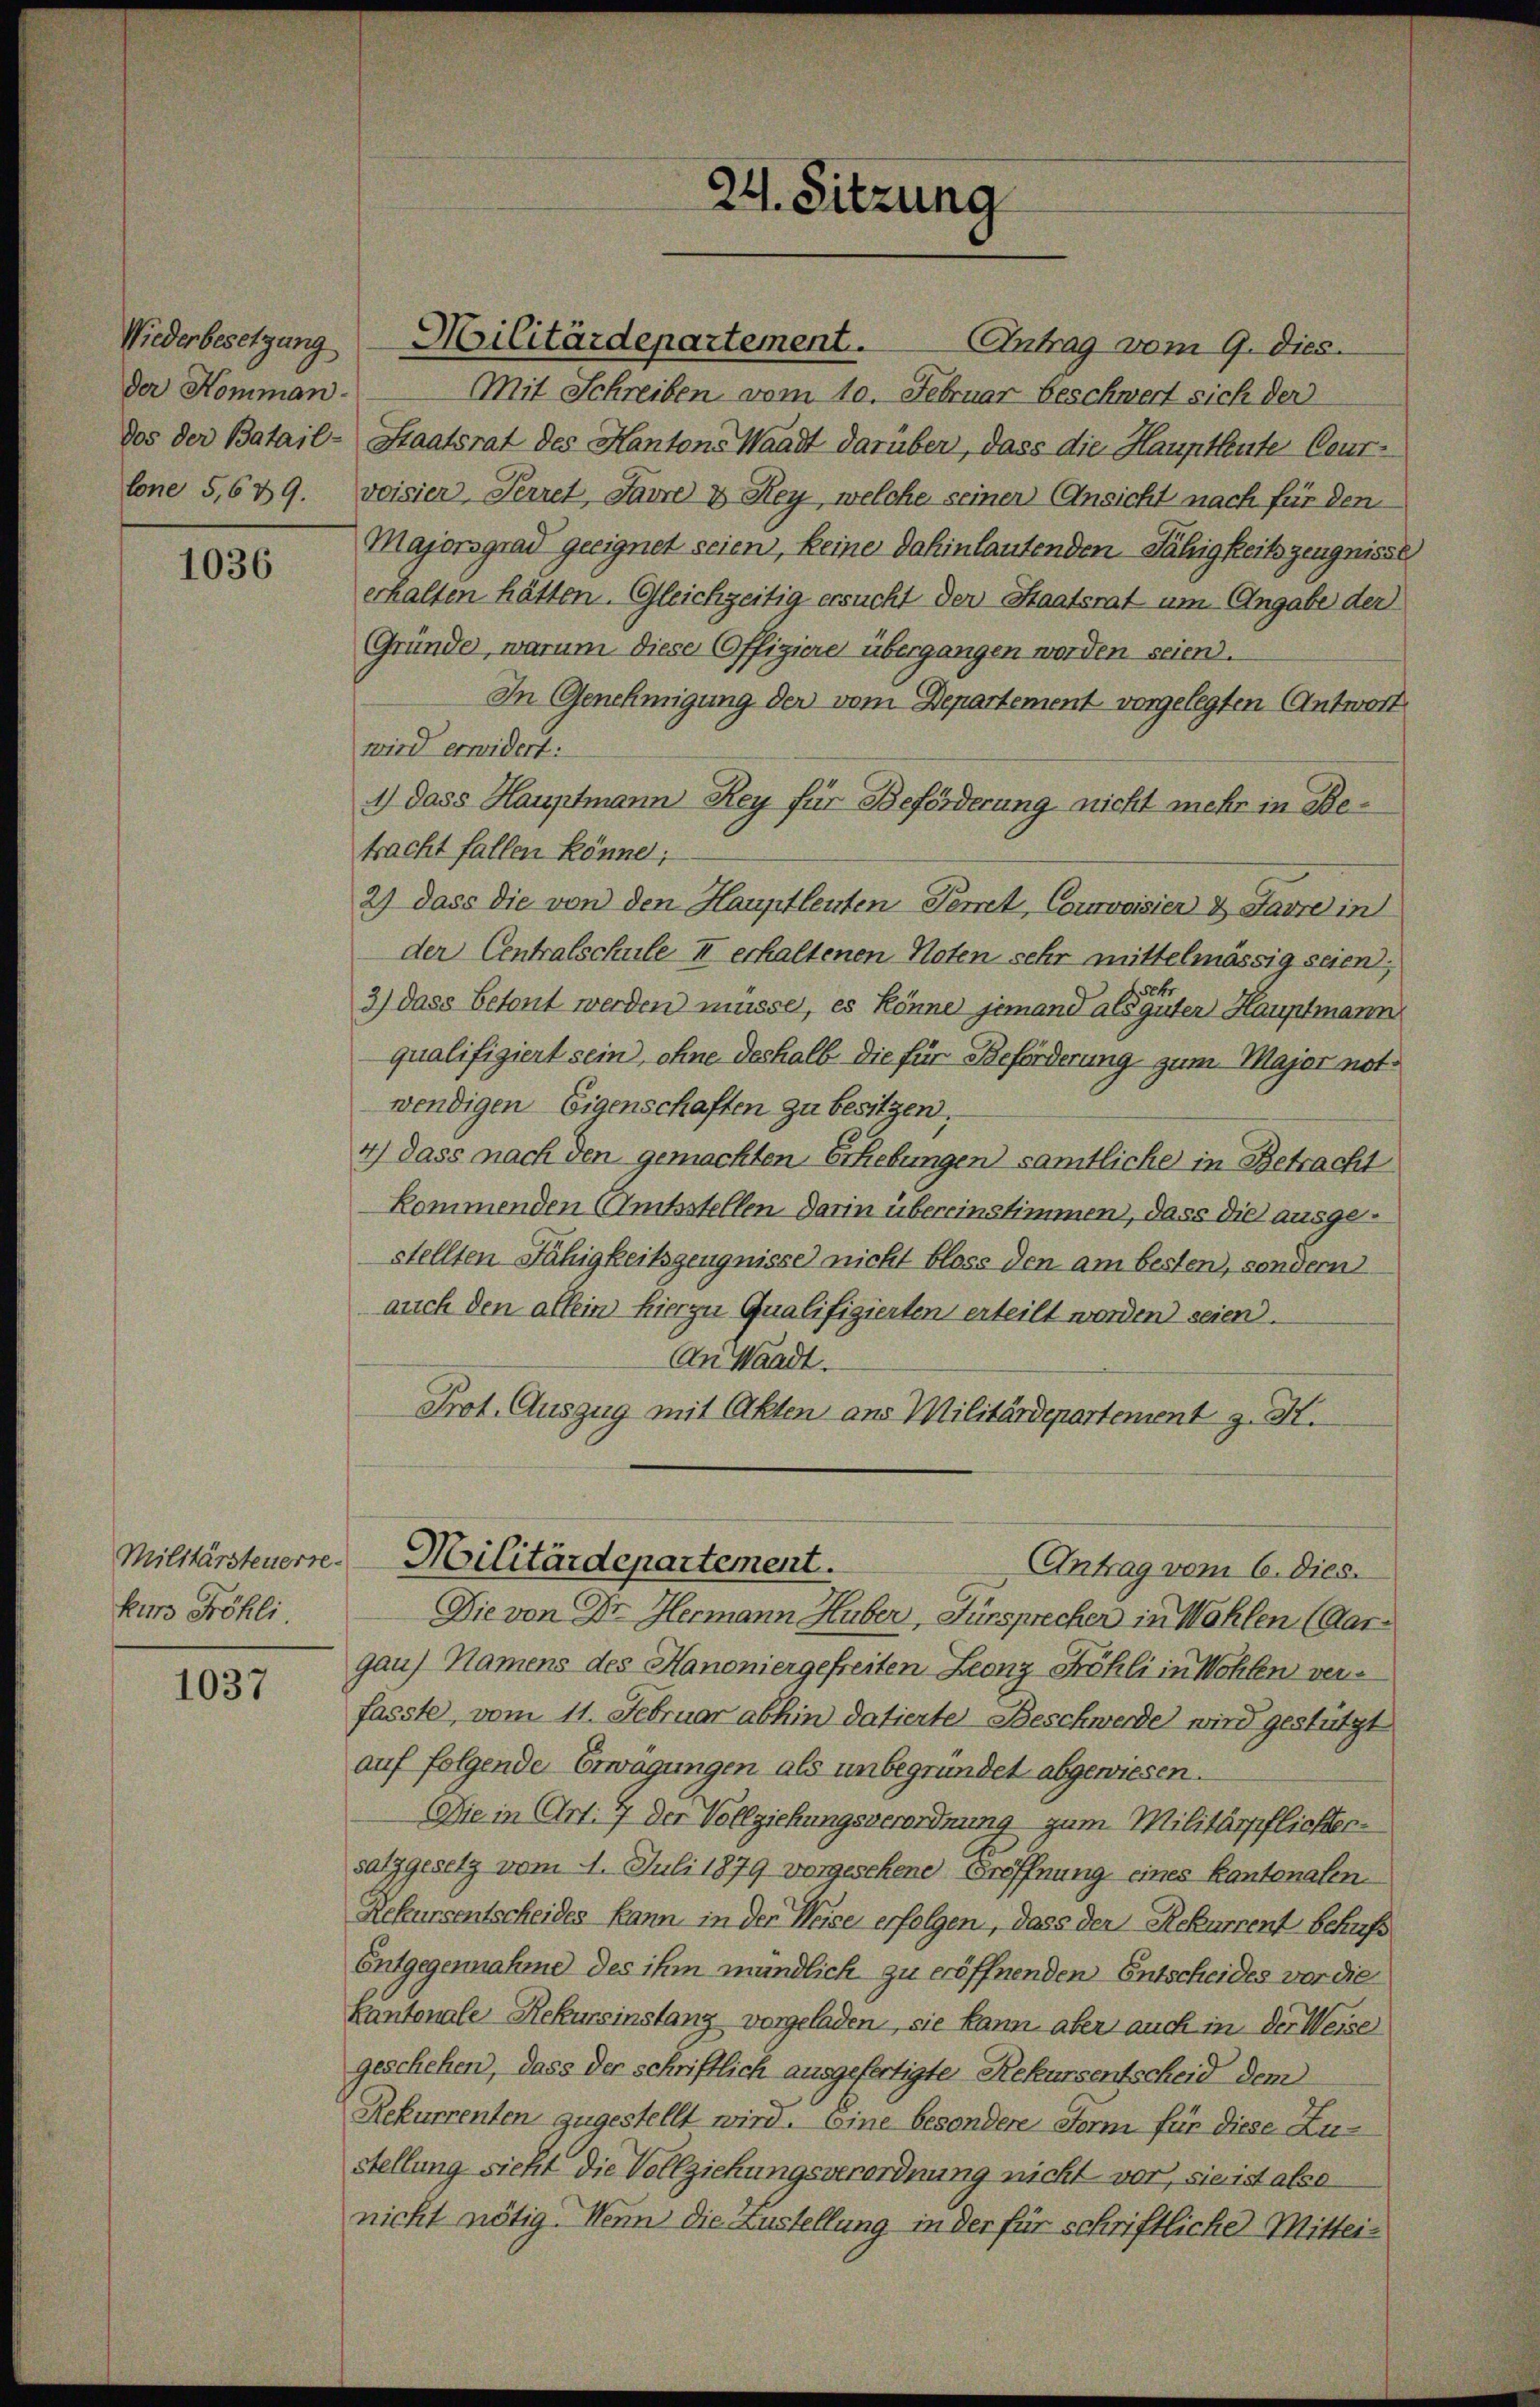
Wiederbesetzung
der Komman
dos der Batail-
lone 5,639.

1036

Militärsteuerte.
kurs Fröhli

1037

Antrag vom 9. dies.
Mit Schreiben vom 10. Februar beschwert sich der
Staatsrat des Kantons Waadt darüber, dass die Hauptleute Ceurvoisier, Herret, Javre & Rey, welche seiner Ansicht nach für den
Majorsgrad geeignet seien, keine dahinlautenden Fähigkeitszeugnisse
erhalten hätten. Gleichzeitig ersucht der Staatsrat um Angabe der
Gründe, warum diese Offiziere übergangen worden seien.
In Genehmigung der vom Departement vorgelegten Antwort
wird erwidert:
1) dass Hauptmann Rey für Beförderung nicht mehr in Betracht fallen könne;
2) dass die von den Hauptleuten Temet, Cournisier & Favre in
der Centralschule II erhaltenen Noten sehr mittelmässig seien,
3) dass betont werden müsse, es könne jemand als guter Hauptmann
qualifiziert sein, ohne deshalb die für Beförderung zum Major notwendigen Eigenschaften zu besitzen,
4) dass nach den gemachten Erhebungen samtliche in Betracht
kommenden Amtsstellen darin übereinstimmen, dass die ausgestellten Fähigkeitszeugnisse) nicht bloss den am besten, sondern
auch den allein hierzu Qualifigierten erteilt worden seien.
An Waadt.
Prot. Auszug mit Akten aus Militärdepartement z. K.
Militärdepartement.
Antrag vom 6. Dies
Die von Dr. Hermann Huber, Fürsprecher in Wohlen (Aargau) Namens des Hanoniergefreiten Leonz Fröhli in Wohlen verfasste, vom 11. Februar abhin datierte Beschwerde wird gestützt
auf folgende Erwägungen als unbegründet abgewiesen.
Die in Art. 7 der Vollziehungsverordnung zum Militärpflichtersatzgesetz vom 4. Juli 1879 vorgesehene Eröffnung eines Kantonalen
Rekursentscheides kann, in der Weise erfolgen, dass der Rekurrent Schuss
Entgegennahme des ihm mündlich zu eröffnenden Entscheides vor die
Kantonale Rekursinstanz vorgeladen, sie kann aber auch in der Weise
geschehen, dass der schriftlich ausgefertigte Rekursentscheid dem
Rekurrenten zugestellt wird. Eine besondere Form für diese Zu-
stellung sieht die Vollziehungsverordnung nicht vor, sie ist alse
nicht nötig. Wenn die Austellung in der für schriftliche Mittei-

Militärdepartement.

24. Sitzung